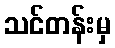
သင်တန်းမှ